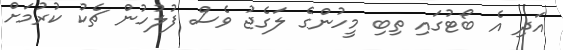
އަދި އެ ބޯޓުގައި ތިބި މީހުންގެ ލަގެޖު ވެސް ފުލުހުން ޗެކު ކުރުމަށް